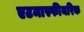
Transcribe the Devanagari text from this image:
एटमास्फीयरिक